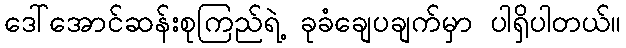
ဒေါ်အောင်ဆန်းစုကြည်ရဲ့ ခုခံချေပချက်မှာ ပါရှိပါတယ်။